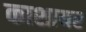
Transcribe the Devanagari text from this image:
काशायर